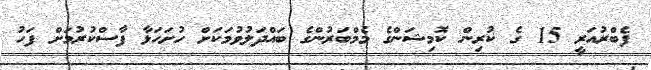
ފެބްރުއަރީ 15 ގެ ކުރިން ކޮމިޝަންގެ މެމްބަރުންގެ ބައްދަލުވުމަކަށް ހުށަހަޅާ ފާސްކުރުމަށް ފަހު